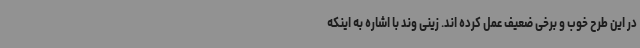
در این طرح خوب و برخی ضعیف عمل کرده اند. زینی وند با اشاره به اینکه